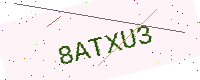
Text: 8ATXU3